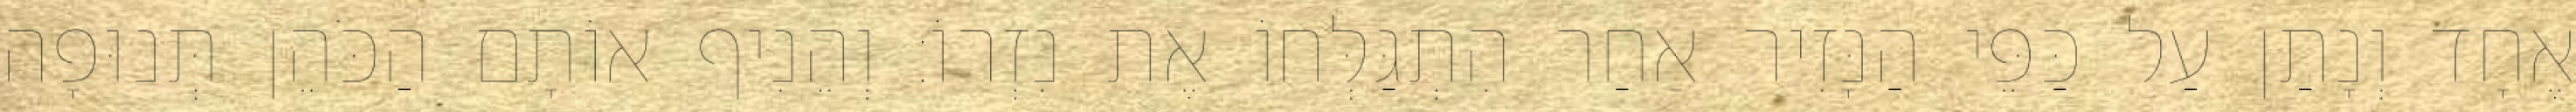
אֶחָד וְנָתַן עַל כַּפֵּי הַנָּזִיר אַחַר הִתְגַּלְּחוֹ אֶת נִזְרוֹ׃ וְהֵנִיף אוֹתָם הַכֹּהֵן תְּנוּפָה